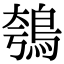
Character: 鴮